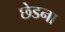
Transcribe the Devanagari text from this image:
छेडना